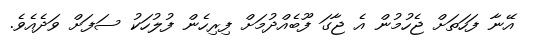
އޭނާ ފަހަތަށް ޖެހުމުން އެ ޖާގަ ފޫބެއްދުމަށް ފިރިހެން ފުލުހަކު ސަފަށް ވަދެއެވެ.